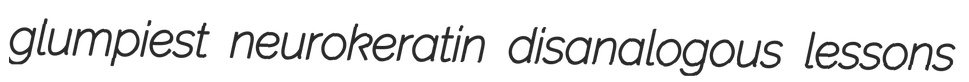
glumpiest neurokeratin disanalogous lessons